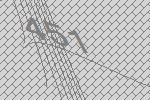
451